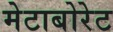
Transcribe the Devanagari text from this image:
मेटाबोरेट